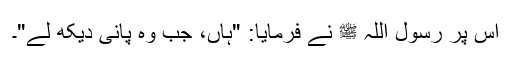
اس پر رسول اللہ ﷺ نے فرمایا: "ہاں، جب وہ پانی دیکھ لے"۔